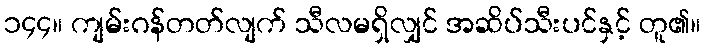
၁၄၄။ ကျမ်းဂန်တတ်လျက် သီလမရှိလျှင် အဆိပ်သီးပင်နှင့် တူ၏။